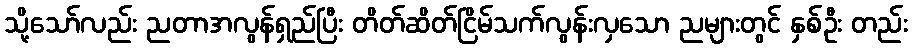
သို့သော်လည်း ညတာအလွန်ရှည်ပြီး တိတ်ဆိတ်ငြိမ်သက်လွန်းလှသော ညများတွင် နှစ်ဦး တည်း